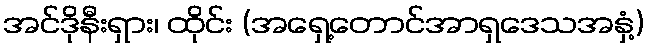
အင်ဒိုနီးရှား၊ ထိုင်း (အရှေ့တောင်အာရှဒေသအနှံ့)